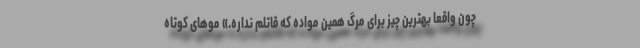
چون واقعا بهترین چیز برای مرگ همین مواده که قاتلم نداره.» موهای کوتاه